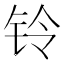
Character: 铃